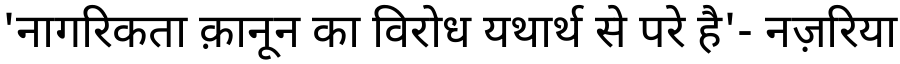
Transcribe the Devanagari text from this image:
'नागरिकता क़ानून का विरोध यथार्थ से परे है'- नज़रिया